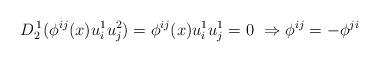
LaTeX: \begin{align*} D_2^{\, 1}(\phi^{ij}(x)u^1_iu^2_j) =\phi^{ij}(x)u^1_iu^1_j = 0\ \Rightarrow \phi^{ij} = -\phi^{ji}\end{align*}